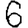
Digit: 6